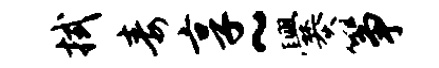
拭毒享~爨筝